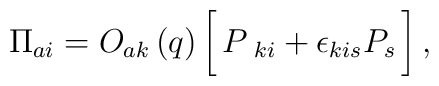
\Pi_{ai} = O_{ak}\left(q\right) \biggl [\,  P_{\ ki} +\epsilon _{kis}  P_s\,\biggr]\,,